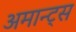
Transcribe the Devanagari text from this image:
अमान्ट्स